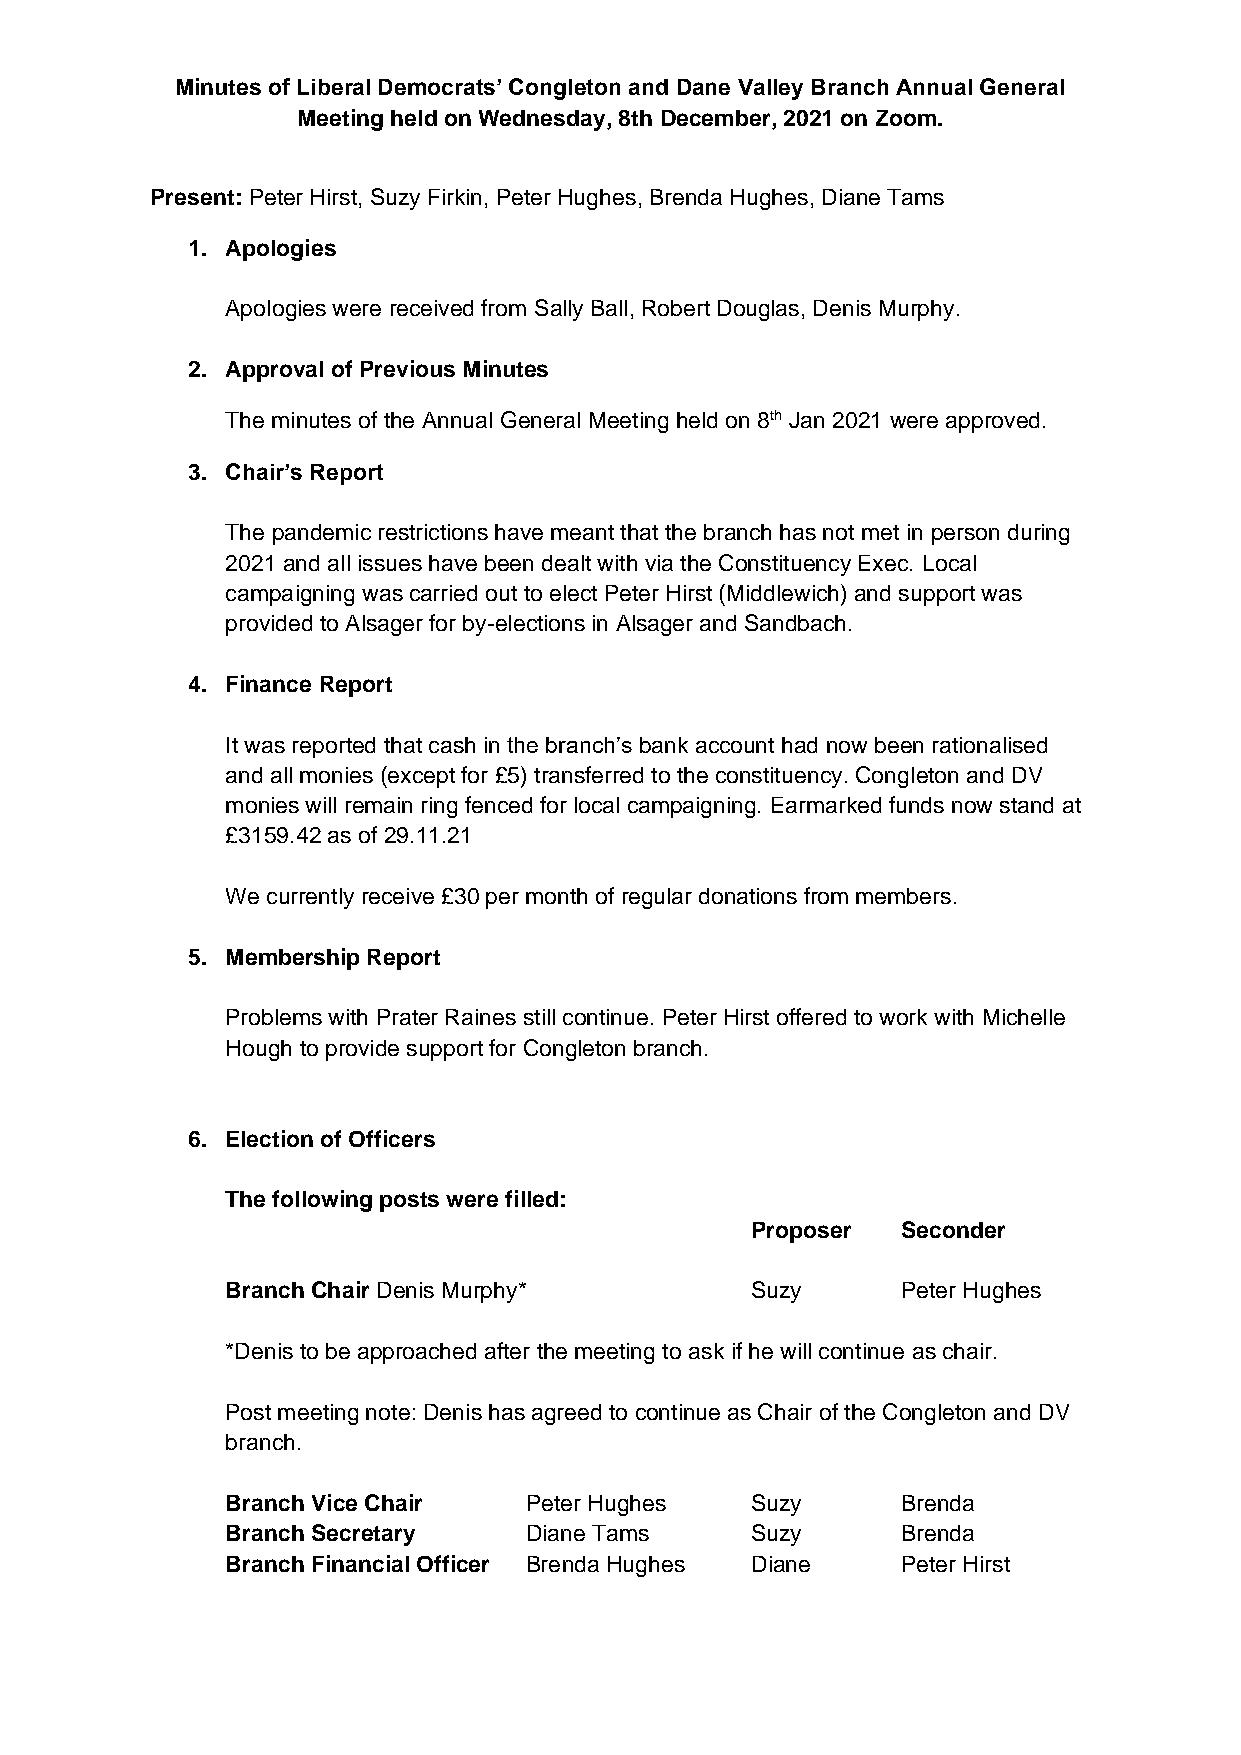
Minutes of Liberal Democrats’ Congleton and Dane Valley Branch Annual General
 Meeting held on Wednesday, 8th December, 2021 on Zoom.
 Present: Peter Hirst, Suzy Firkin, Peter Hughes, Brenda Hughes, Diane Tams
 1. Apologies
 Apologies were received from Sally Ball, Robert Douglas, Denis Murphy.
 2. Approval of Previous Minutes
 The minutes of the Annual General Meeting held on 8th Jan 2021 were approved.
 3. Chair’s Report
 The pandemic restrictions have meant that the branch has not met in person during
 2021 and all issues have been dealt with via the Constituency Exec. Local
 campaigning was carried out to elect Peter Hirst (Middlewich) and support was
 provided to Alsager for by-elections in Alsager and Sandbach.
 4. Finance Report
 It was reported that cash in the branch’s bank account had now been rationalised
 and all monies (except for £5) transferred to the constituency. Congleton and DV
 monies will remain ring fenced for local campaigning. Earmarked funds now stand at
 £3159.42 as of 29.11.21
 We currently receive £30 per month of regular donations from members.
 5. Membership Report
 Problems with Prater Raines still continue. Peter Hirst offered to work with Michelle
 Hough to provide support for Congleton branch.
 6. Election of Officers
 The following posts were filled:
 Proposer  Seconder
 Branch Chair Denis Murphy*         Suzy      Peter Hughes
 *Denis to be approached after the meeting to ask if he will continue as chair.
 Post meeting note: Denis has agreed to continue as Chair of the Congleton and DV
 branch.
 Branch Vice Chair   Peter Hughes   Suzy      Brenda
 Branch Secretary    Diane Tams     Suzy      Brenda
 Branch Financial Officer Brenda Hughes Diane Peter Hirst